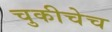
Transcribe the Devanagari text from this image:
चुकीचेच